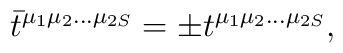
\bar t^{\mu_1 \mu_2 \ldots \mu_{2S}}=\pm t^{\mu_1 \mu_2 \ldots \mu_{2S}},